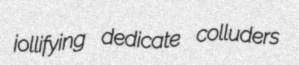
jollifying dedicate colluders